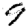
Digit: 9